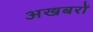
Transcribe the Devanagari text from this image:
अखबरों